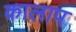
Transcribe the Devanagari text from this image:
कालाप